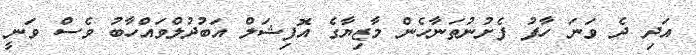
އަދި ދެ ވަނަ ހާފު ފެށުނުތަނާހެން މާޒިޔާގެ އޮފިޝަލް އަބުދުލްވައްހާބު ވެސް ވަނީ